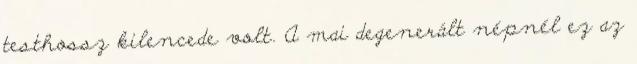
testhossz kilencede volt. A mai degenerált népnél ez az